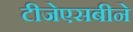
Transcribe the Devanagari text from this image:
टीजेएसबीने